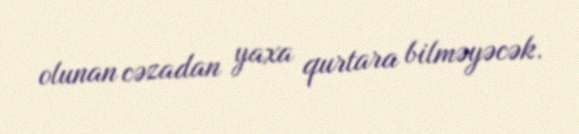
olunan cəzadan yaxa qurtara bilməyəcək.